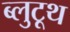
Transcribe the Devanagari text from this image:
ब्लुटूथ